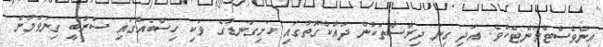
އިންވެސްޓްމަންޓެކެވެ. އަދި ގިނަ ދިރާސާތަކުން ދައްކާގޮތުގައި ހަށިގަނޑުގެ ވަކި ހިސާބެއްގައި ސަރުބީ ގިނަވުމުން